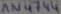
Text: IN4744